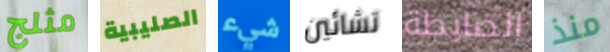
مثلج الصليبية شيء تشائين الضابطة منذ